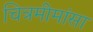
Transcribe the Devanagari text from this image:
चित्रमीमांसा